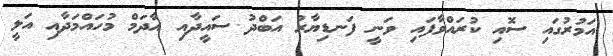
އަމުރުގައި ސޮއި ކުރައްވާފައި ވަނީ ފަނޑިޔާރު އަބްދު ސައީދާއި އާދަމް މުހައްމަދާއި އަލީ